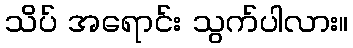
သိပ် အရောင်း သွက်ပါလား။